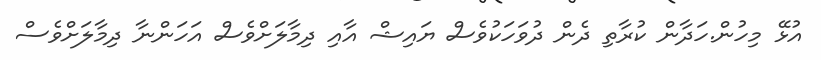
އުޅޭ މިހުން.ހަދާން ކުރާތި ދެން ދުވަހަކުވެސް ޔައިޝް އާއި ދިމާލަށްވެސް އަހަންނާ ދިމާލަށްވެސް